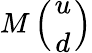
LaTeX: M\left({u\atop d}\right)